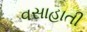
વસાહાતી